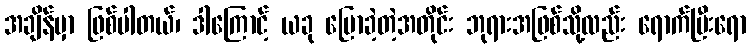
အချိန်မှာ ဖြစ်ပါတယ်၊ ဒါကြောင့် ယခု ပြောခဲ့တဲ့အတိုင်း ဘုရားအဖြစ်သို့လည်း ရောက်ပြီးရော